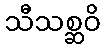
သီသစ္ဆဝိ